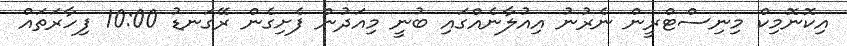
އިކޮނޮމިކް މިނިސްޓްރީން ނެރުނު އިއުލާނެއްގައި ބުނީ މިއަދުން ފެށިގެން ރޭގަނޑު 10:00 ފިހާރަތައް